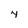
Character: 4